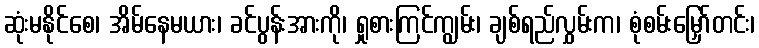
ဆုံးမနိုင်စေ၊ အိမ်နေမယား၊ ခင်ပွန်းအားကို၊ ရှုစားကြင်ကျွမ်း၊ ချစ်ရည်လွှမ်းက၊ စုံစမ်းမြှော်တင်း၊